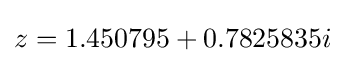
z=1.450795+0.7825835i